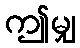
ဤမျှ